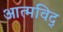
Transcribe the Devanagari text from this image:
आत्मविद्